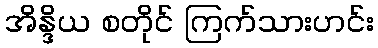
အိန္ဒိယ စတိုင် ကြက်သားဟင်း